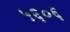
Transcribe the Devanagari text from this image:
५६०६